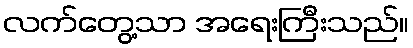
လက်တွေ့သာ အရေးကြီးသည်။